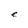
Character: e